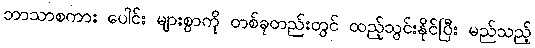
ဘာသာစကား ပေါင်း များစွာကို တစ်ခုတည်းတွင် ထည့်သွင်းနိုင်ပြီး မည်သည့်